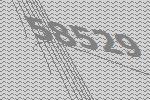
58529